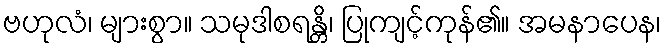
ဗဟုလံ၊ များစွာ။ သမုဒါစရန္တိ၊ ပြုကျင့်ကုန်၏။ အမနာပေန၊